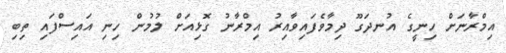
އިމްރާނަށް ހިނީގެ އުނދަގޫ ދިމާވެފައިވާއިރު އިމްރާނު ގޮޅިއަށް ލުމުން ހިނި އައިސްފައި ތިބި